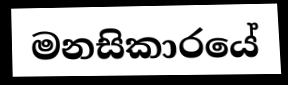
මනසිකාරයේ